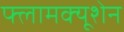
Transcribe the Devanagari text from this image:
फ्लामक्यूशेन